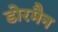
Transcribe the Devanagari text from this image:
डोरमैन